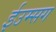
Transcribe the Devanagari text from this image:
ईउम्सग